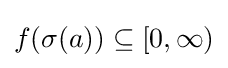
f(\sigma (a))\subseteq [0,\infty )